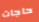
حاجات